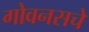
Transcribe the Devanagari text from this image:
गोवनसचे